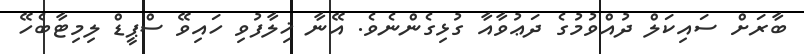
ބާރަށް ސައިކަލް ދުއްވުމުގެ ދަޢުވާއާ ގުޅިގެންނެވެ. އޭނާ ޚިލާފުވި ހައިވޭ ސްޕީޑް ލިމިޓާބެހޭ